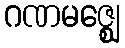
ဂဏမဇ္ဈေ